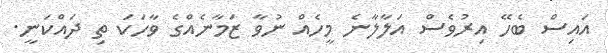
އައިސް ބެހޭ އިރުވެސް އަލާލާނެ މީހެއް ނުވާ ޒަމާނެއްގެ ވާހަކަ ތި ދައްކަނީ.